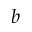
b